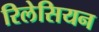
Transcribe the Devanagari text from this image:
रिलेसियन